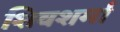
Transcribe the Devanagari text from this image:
शिवशर्मा